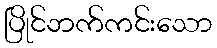
ပြိုင်ဘက်ကင်းသော